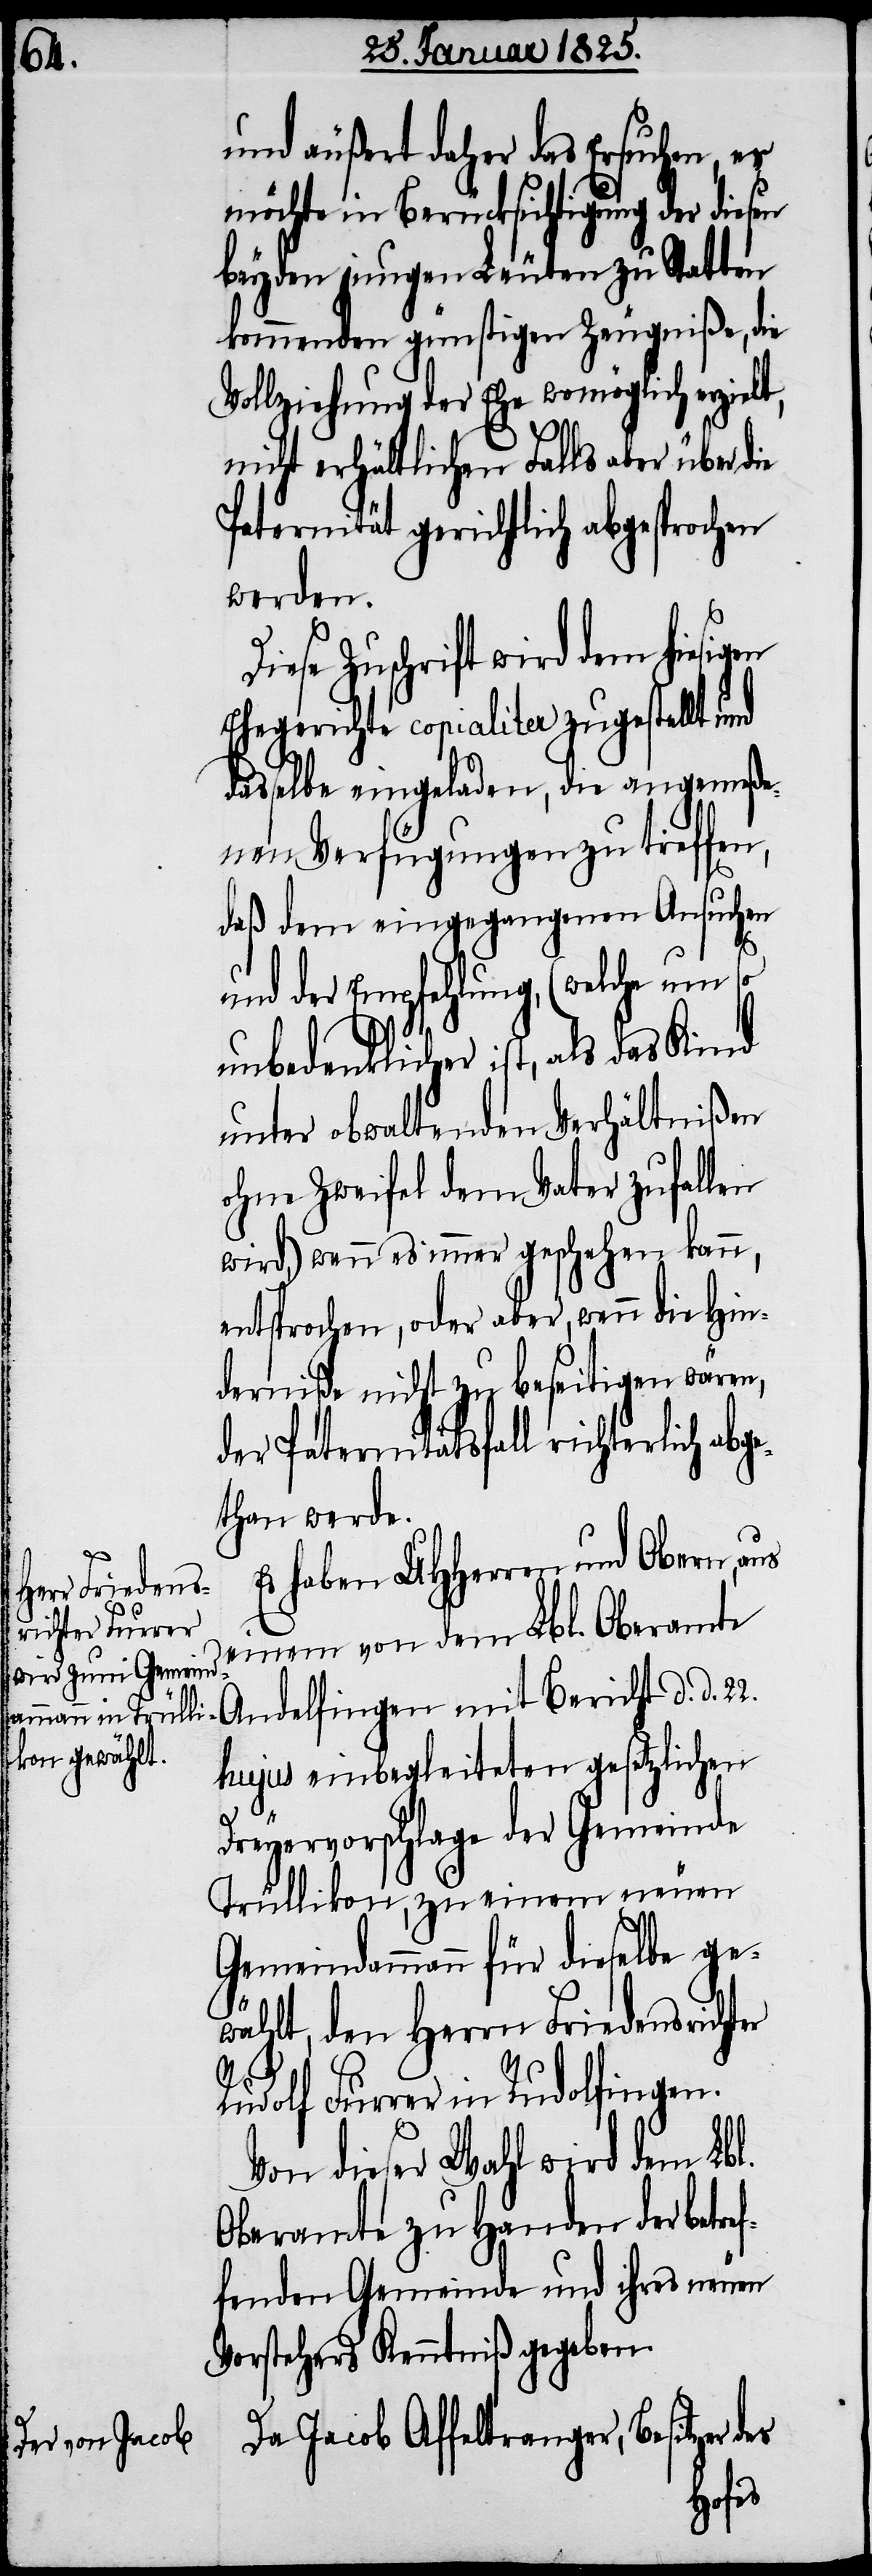
und äußert daher das Ersuchen, es
möchte in Berücksichtigung der diesen
beyden jungen Leuten zu Statten
kommenden günstigen Zeugniße, die
Vollziehung der Ehe womöglich erzielt,
nicht erhältlichen Falls aber über die
Paternität gerichtlich abgesprochen
werden.
iese Zuschrift wird dem hie¬
Ehegerichte copialiter zugestellt und
dasselbe eingeladen, die angemeße¬
nen Verfügungen zu treffen,
ef¬
daß dem eingegangenen Ansuchen
er
und der Empfehlung, (welche um
unbedenklicher ist, als das Kind
unter obwaltenden Verhältnißen
ohne Zweifel dem Vater zufallen
wird,) wenn es immer geschehen kann,
entsprochen, oder aber, wenn die Hin¬
derniße nicht zu beseitigen wären,
der Paternitätsfall richterlich abge¬
than werde.
Es haben UHHerren und Obern, aus
einem von dem Lbl. Oberamte
hujus einbegleiteten gesetzlichen
Dreyervorschlage der Gemeinde
Trüllikon, zu einem neuen
Gemeindammann für dieselbe ge¬
wählt, den Herrn Friedensricht¬
Rudolf Furrer in Rudolfingen.
Von dieser Wahl wird dem Lbl.
Oberamte zu Handen der betr¬
fenden Gemeinde und ihres neuen
Vorstehers Kenntniß gegeben.
Da Jacob Affeltranger, Besitzer
des